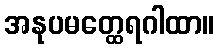
အနုပမတ္ထေရဂါထာ။